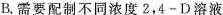
B.需要配制不同浓度2，4-D溶液